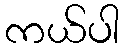
ကယ်ပါ